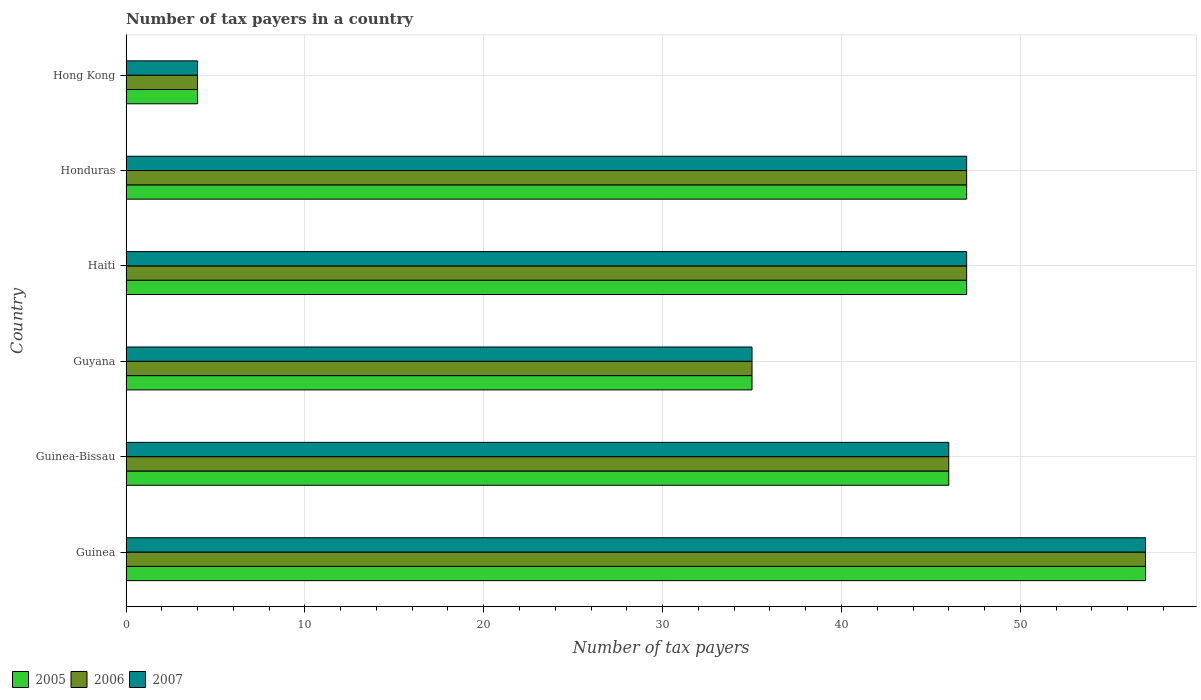
| Country | 2005 | 2006 | 2007 |
 | --- | --- | --- | --- |
 | Guinea | 57 | 57 | 57 |
 | Guinea-Bissau | 46 | 46 | 46 |
 | Guyana | 35 | 35 | 35 |
 | Haiti | 47 | 47 | 47 |
 | Honduras | 47 | 47 | 47 |
 | Hong Kong | 4 | 4 | 4 |